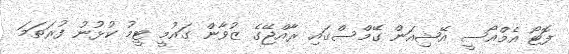
ފޮޓޯ އެމްއޯސީ އޭޝިއަން ގޭމްސްގައި ރާއްޖޭގެ ޒުވާން ގައުމީ ޓީމު ކުޅުނު ފުރަތަމަ